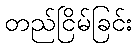
တည်ငြိမ်ခြင်း